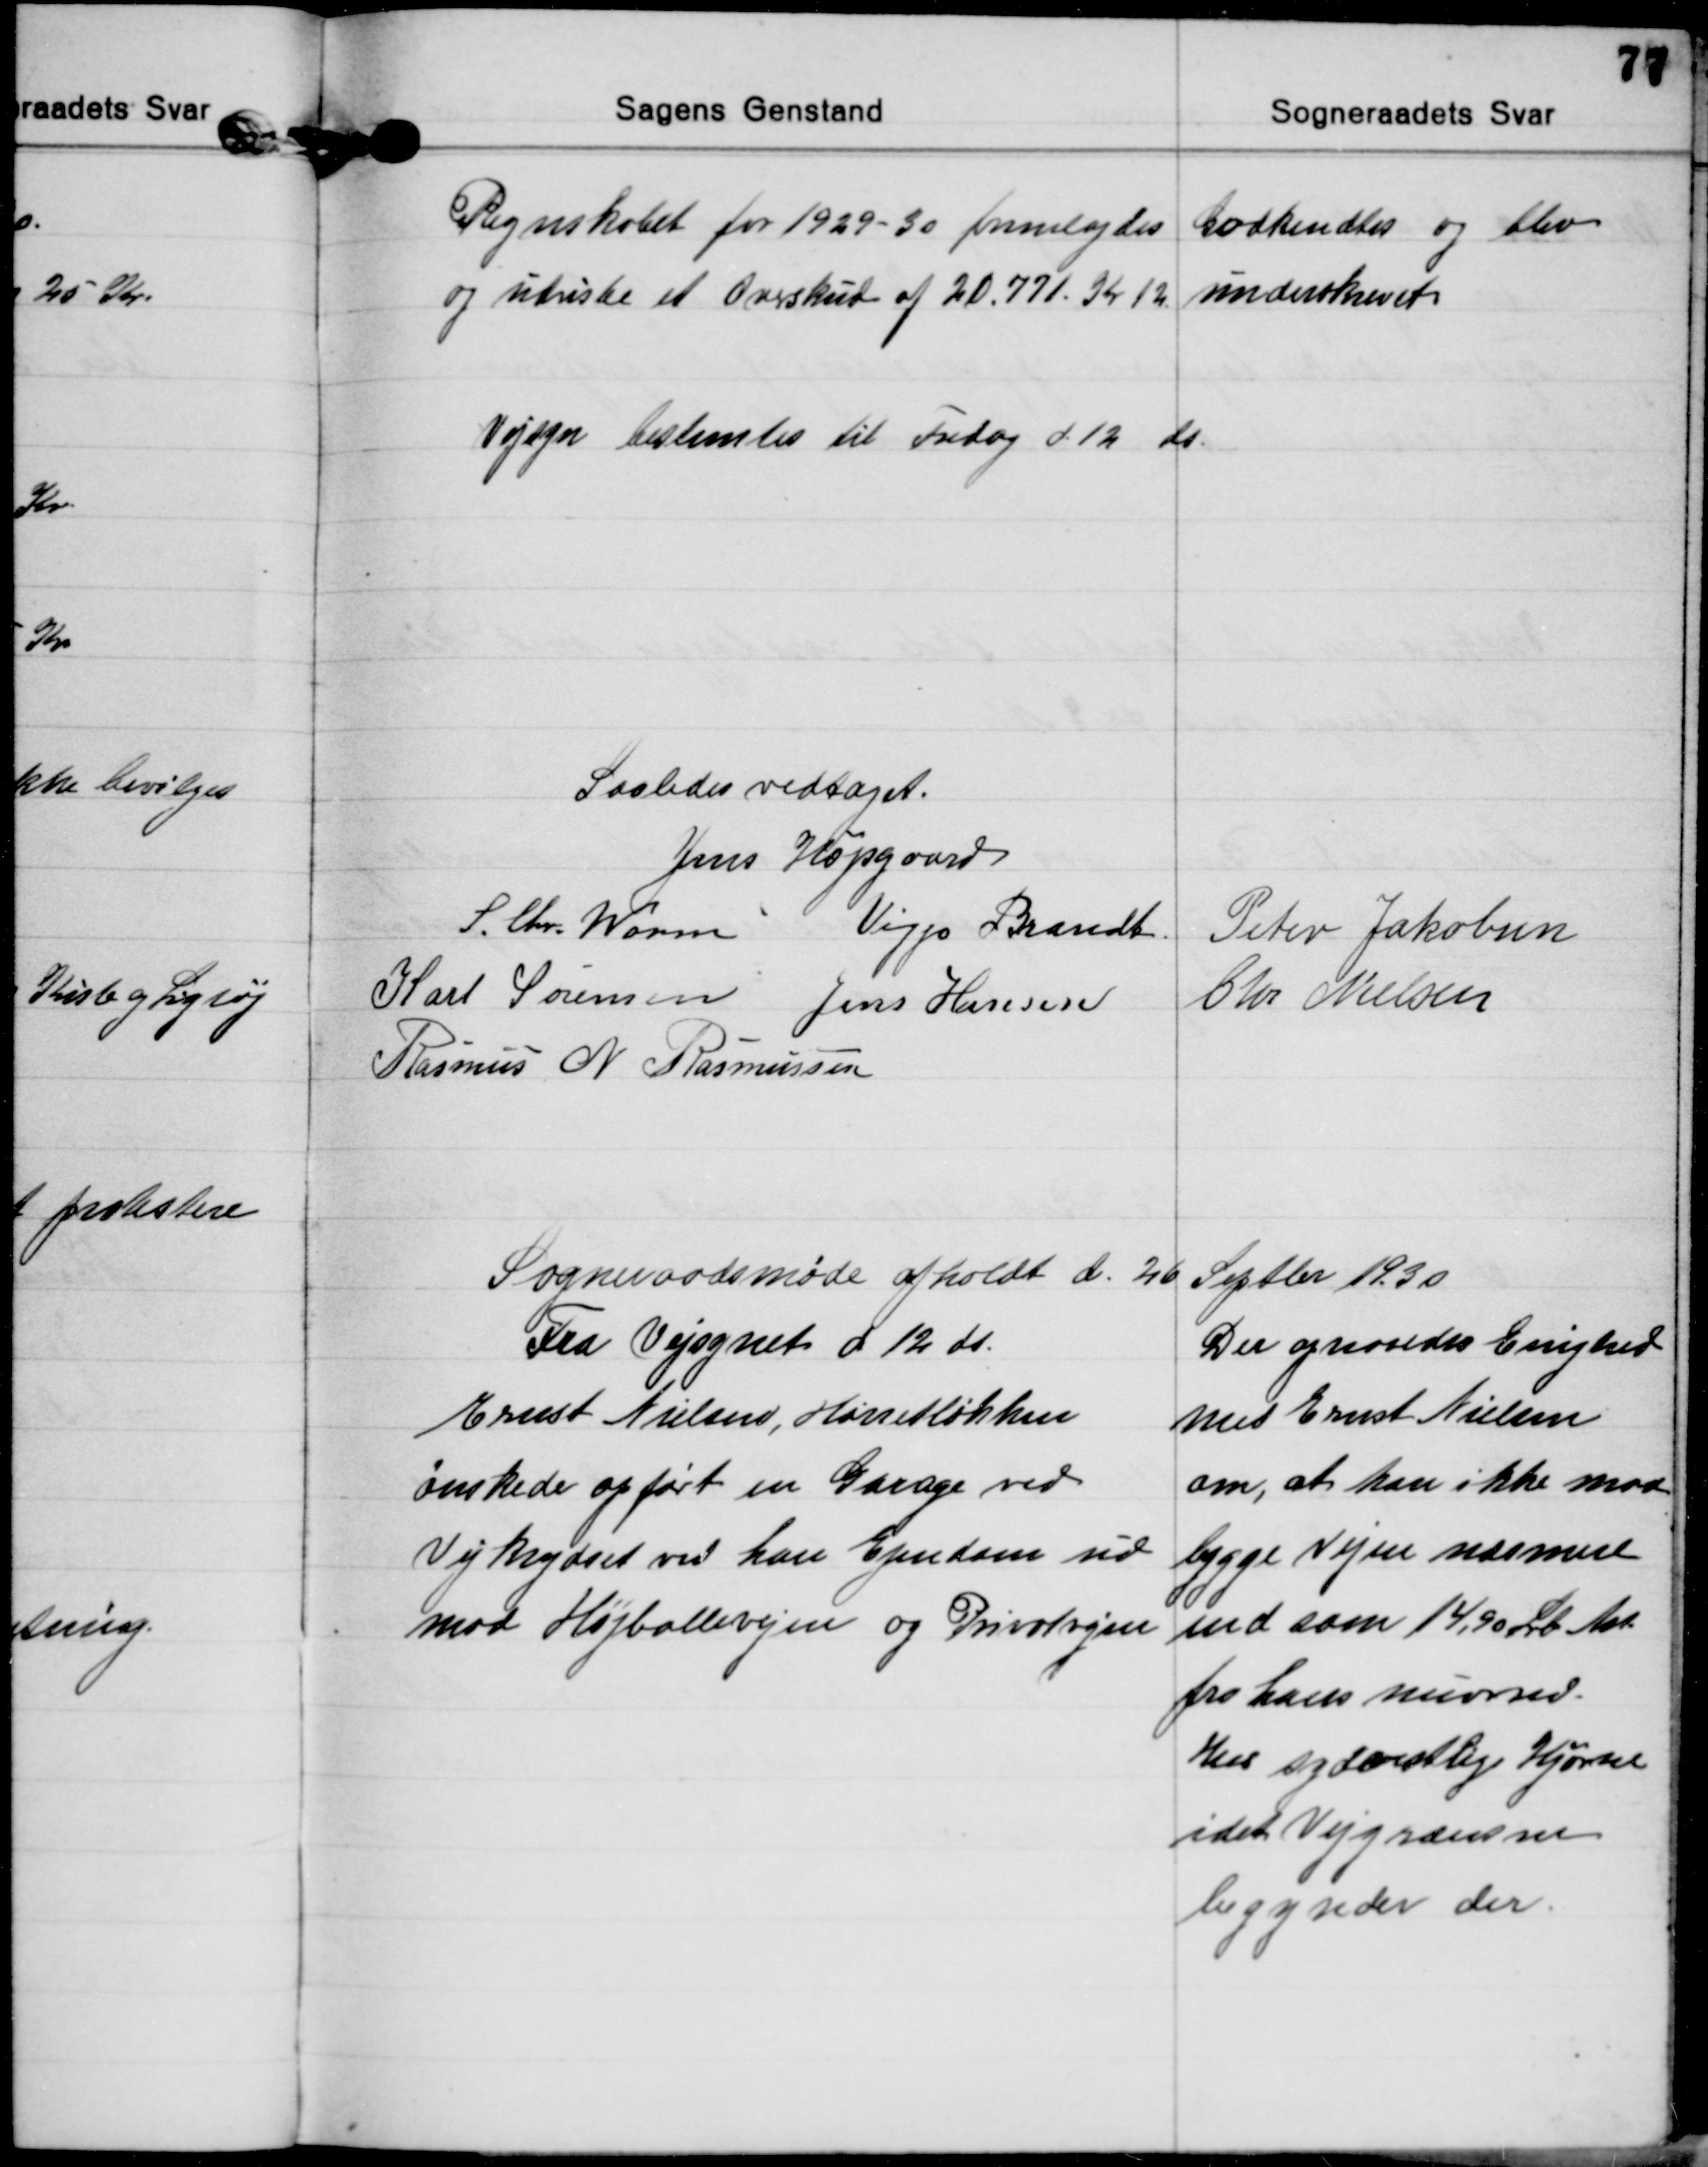
Transskription:
Regnskabet for 1929-30 fremlagdes
og udviste et Overskud af 20.771. Kr 12
Godkendtes og blev
underskrevet

Vejsyn bestemtes til Fredag d. 12 ds.

Saaledes vedtaget.
Jens Højsgaard
S. Chr. Worm Viggo Brandt Peter Jakobsen
Karl Sørensen Jens Hansen
Chr. Nielsen
Rasmus N. Rasmussen

Sogneraadsmøde afholdt d. 26 Septbr 1930

Fra Vejsynet d 12 ds.
Ernst Nielsen, Hørretløkken
ønskede opført en Garage ved
Vejkrydset ved han Ejendom ud
mod Højballevejen og Privatvejen
Der opnaaedes Enighed
med Ernst Nielsen
om, at han ikke maa
bygge Vejen nærmere
end som 14,90 Lb Mt.
fra hans nuværnd.
Hus sydvestlige Hjørne
idet Vejgrænsen
begynder der.